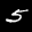
Label: 5